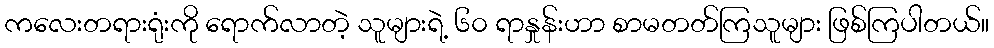
ကလေးတရားရုံးကို ရောက်လာတဲ့ သူများရဲ့ ၆၀ ရာနှုန်းဟာ စာမတတ်ကြသူများ ဖြစ်ကြပါတယ်။